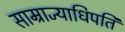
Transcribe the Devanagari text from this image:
साम्राज्याधिपति